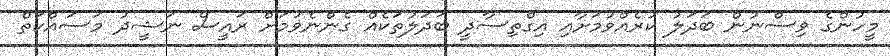
މީހުންގެ ވިސްނުން ބަދަލު ކުރެއްވުމަށާއި އިގްތިސާދީ ބަދަލުތަކެއް ގެންނެވުމަށް ރައީސް ނަޝީދު މަސައްކަތް